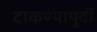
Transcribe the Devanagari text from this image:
टाकण्यापूर्वी